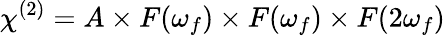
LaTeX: \chi^{(2)}=A\times F(\omega_{f})\times F(\omega_{f})\times F(2\omega_{f})